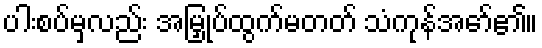
ပါးစပ်မှလည်း အမြှုပ်ထွက်မတတ် သံကုန်အော်၏။